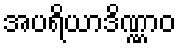
အပရိယာဒိဏ္ဏာဝ